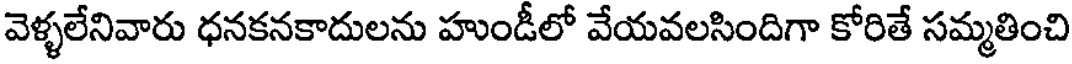
వెళ్ళలేనివారు ధనకనకాదులను హుండీలో వేయవలసిందిగా కోరితే సమ్మతించి